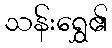
သန်းရွှေ၏